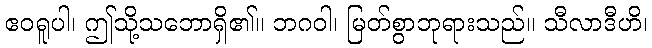
ဧဝရူပါ၊ ဤသို့သဘောရှိ၏။ ဘဂဝါ၊ မြတ်စွာဘုရားသည်။ သီလာဒီဟိ၊